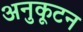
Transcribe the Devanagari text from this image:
अनुकूटन